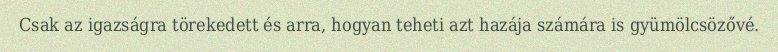
Csak az igazságra törekedett és arra, hogyan teheti azt hazája számára is gyümölcsözővé.